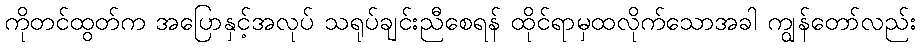
ကိုတင်ထွတ်က အပြောနှင့်အလုပ် သရုပ်ချင်းညီစေရန် ထိုင်ရာမှထလိုက်သောအခါ ကျွန်တော်လည်း